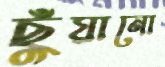
ছুঁয়ানো